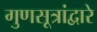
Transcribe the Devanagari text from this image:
गुणसूत्रांद्वारे